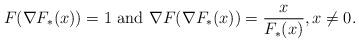
LaTeX: \begin{align*}F(\nabla F_*(x))=1\mbox{ and }\nabla F(\nabla F_*(x))=\frac{x}{F_*(x)},x\not=0.\end{align*}